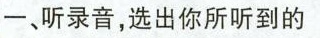
一、听录音，选出你所听到的